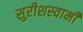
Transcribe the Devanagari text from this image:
सुरीशस्वामी